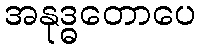
အနုဒ္ဓတောပေ